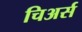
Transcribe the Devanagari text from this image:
चिअर्स